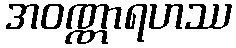
အဝဏ္ဏာရဟဿ